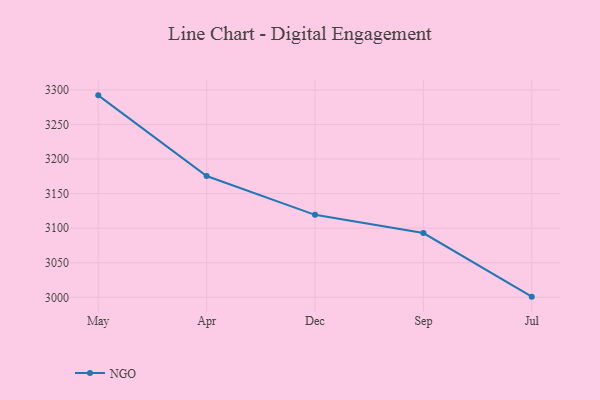
{"axis": {"x": "Month", "y": "LTV (USD)"}, "legend": ["NGO"], "data": [{"x": "May", "y": 3292.0, "type": "NGO"}, {"x": "Apr", "y": 3175.4, "type": "NGO"}, {"x": "Dec", "y": 3119.3, "type": "NGO"}, {"x": "Sep", "y": 3092.9, "type": "NGO"}, {"x": "Jul", "y": 3001.0, "type": "NGO"}]}